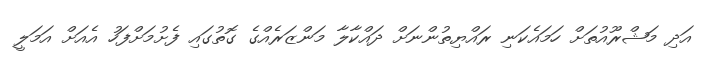
އަދި މަޝްރޫއުތަށް ހަމައެކަނި ރައްޔިތުންނަށް ދައްކާލާ މަންޒަރެއްގެ ގޮތުގައި ފެށުމަށްފަހު އެއަށް އަމަލީ